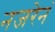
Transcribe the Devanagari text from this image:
नजरेनं